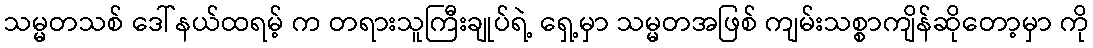
သမ္မတသစ် ဒေါ်နယ်ထရမ့် က တရားသူကြီးချုပ်ရဲ့ ရှေ့မှာ သမ္မတအဖြစ် ကျမ်းသစ္စာကျိန်ဆိုတော့မှာ ကို